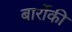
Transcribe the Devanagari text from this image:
बार्रोकी